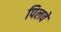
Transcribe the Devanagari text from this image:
पिलवे